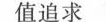
值追求